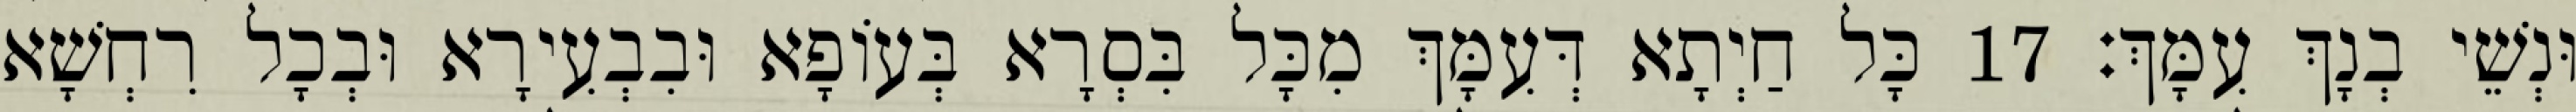
וּנְשֵׁי בְנָךְ עִמָּךְ׃ 17 כָּל חַיְתָא דְּעִמָּךְ מִכָּל בִּסְרָא בְּעוֹפָא וּבִבְעִירָא וּבְכָל רִחְשָׁא